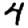
Digit: 4